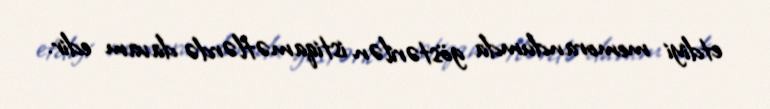
etdiyi memorandumda göstərilən istiqamətlərdə davam edir.